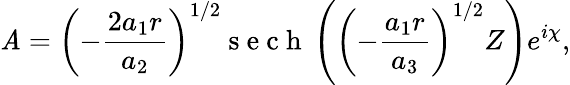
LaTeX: \mathit{A}=\left(-\frac{{2a_{1}r}}{{a_{2}}}\right)^{1/2}\mathrm{{~s~e~c~h~}}\left(\left(-\frac{{a_{1}r}}{{a_{3}}}\right)^{1/2}Z\right)e^{i\chi},